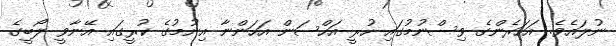
ނުލައެވެ. އަހަރެންގެ ވިސްނުމުގައި ހުރީ އަހްސަން އަހަންނާ އިނުމުގެ ކުރީގައި އޭނާވީ ލޯބީގެ